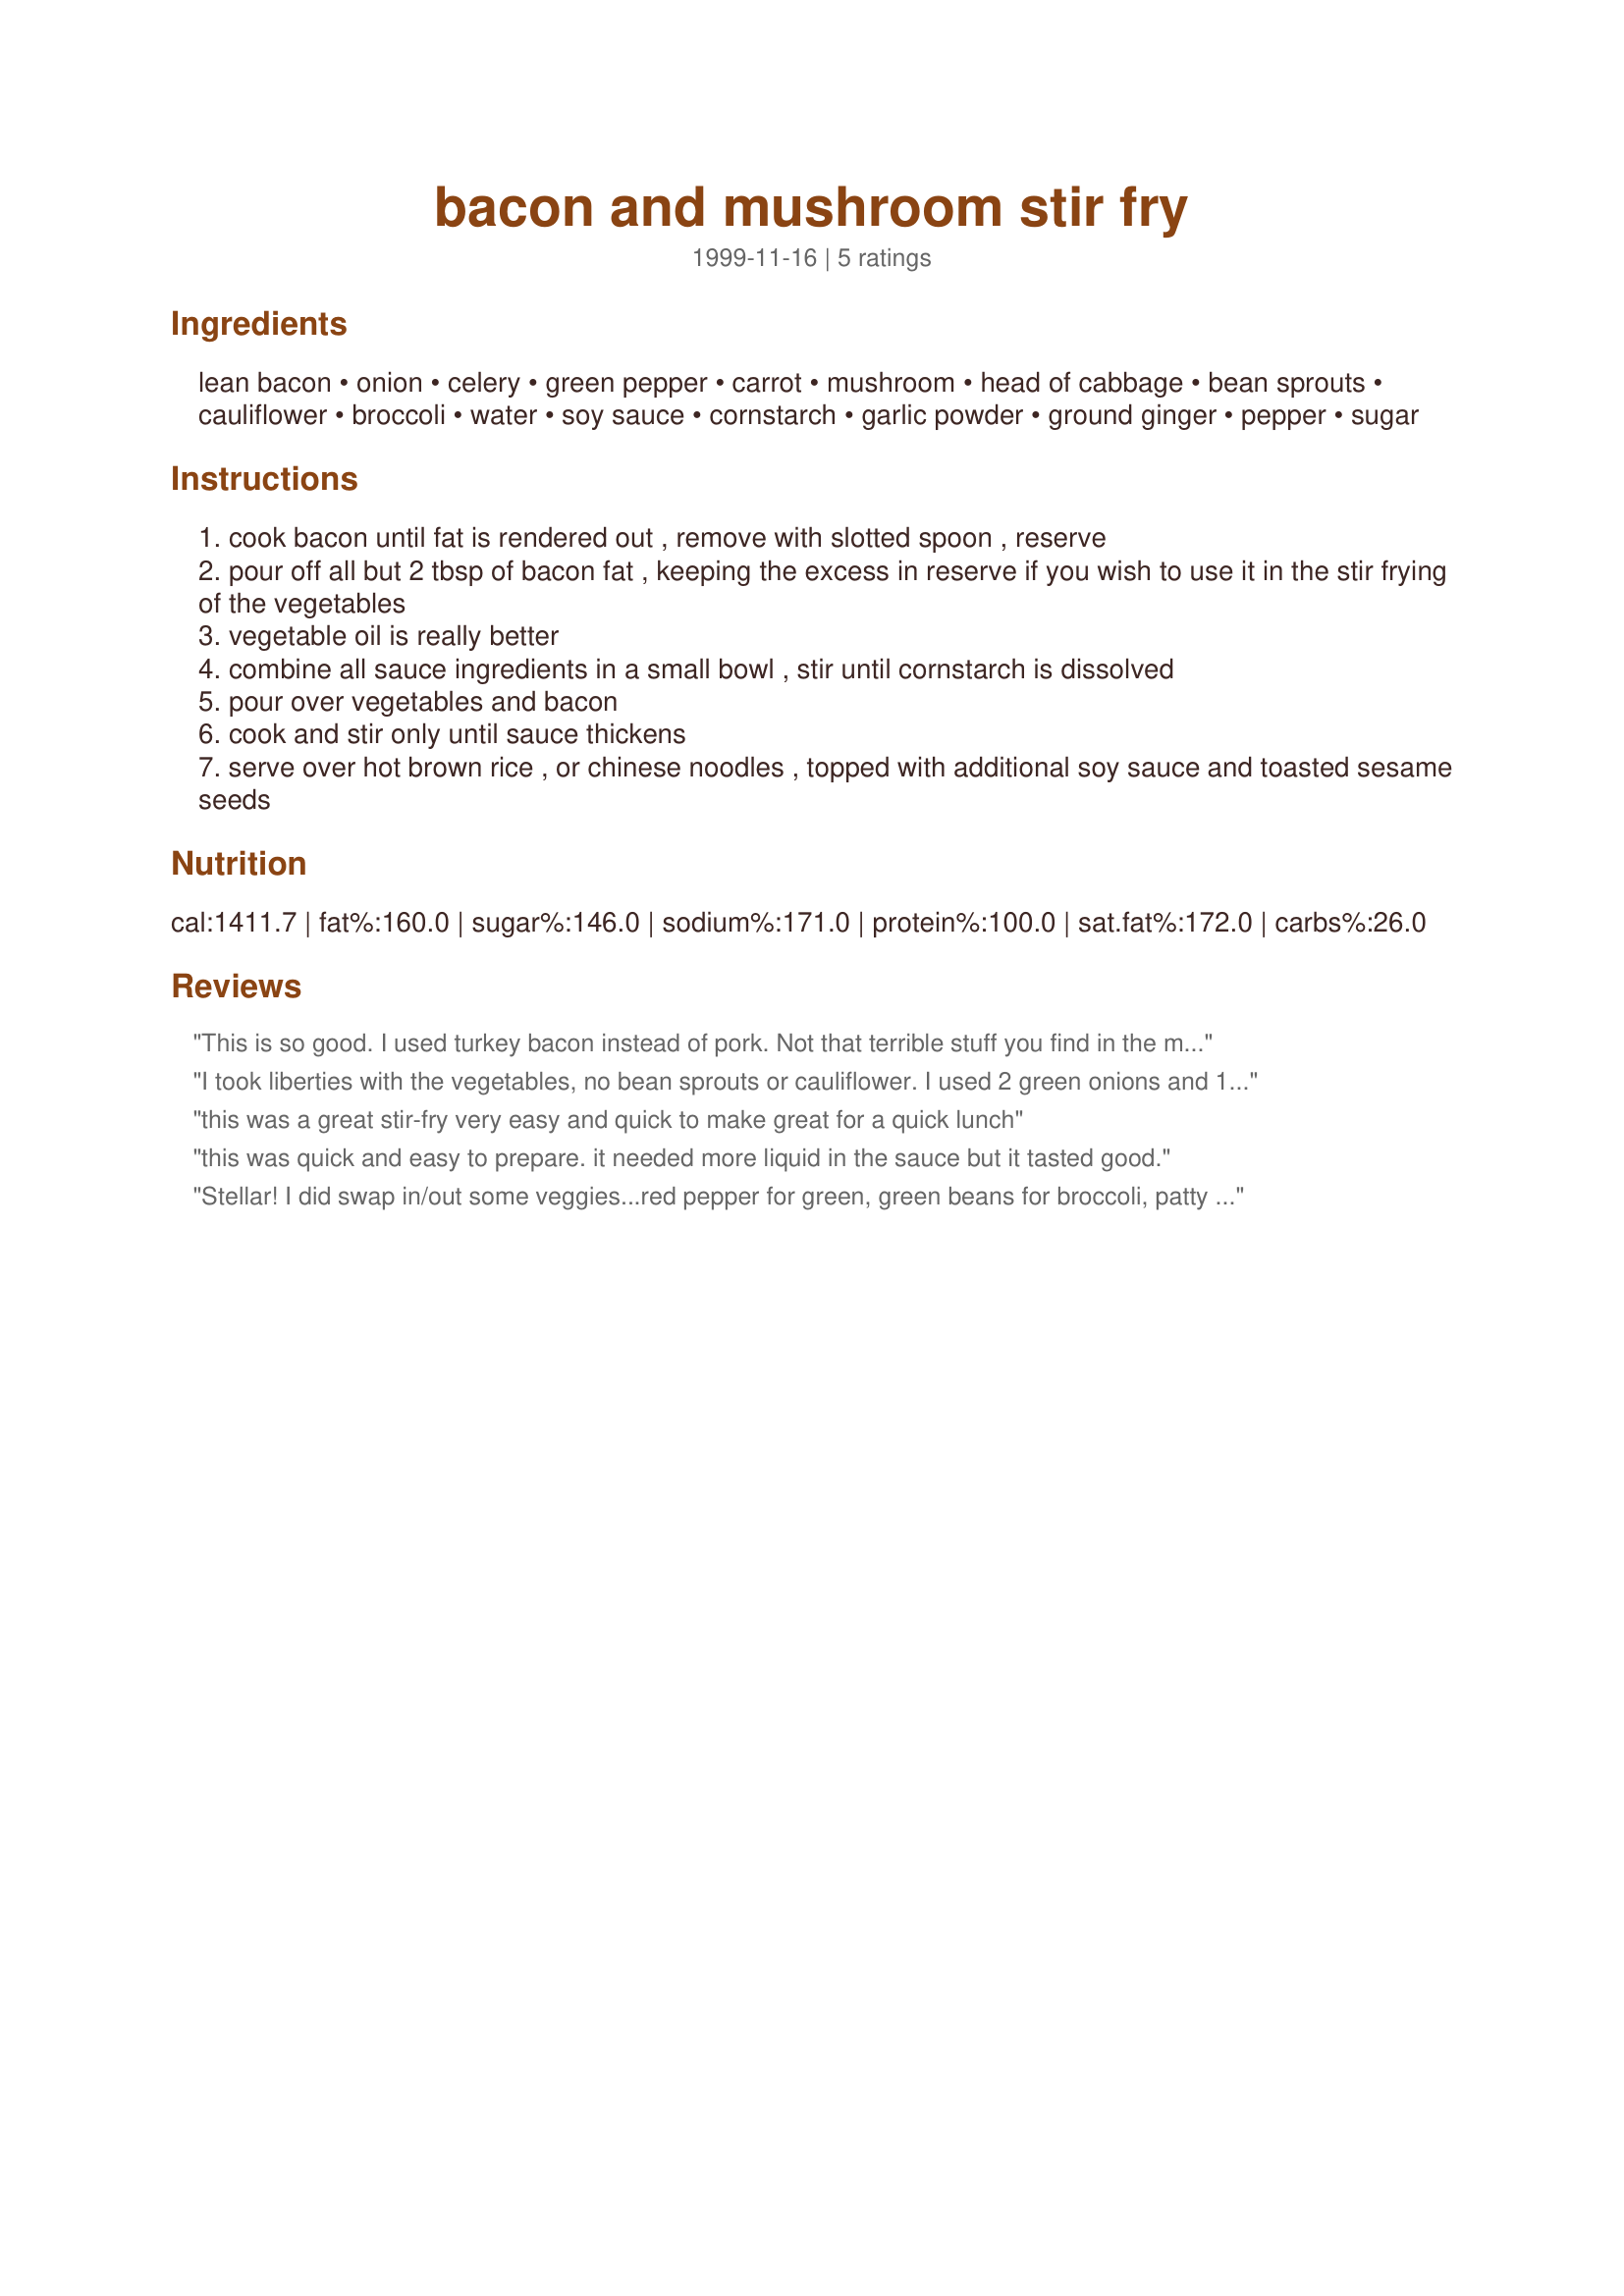
bacon and mushroom stir fry
Preparation time: 0 minutes

Ingredients:
lean bacon, onion, celery, green pepper, carrot, mushroom, head of cabbage, bean sprouts, cauliflower, broccoli, water, soy sauce, cornstarch, garlic powder, ground ginger, pepper, sugar

Steps:
cook bacon until fat is rendered out , remove with slotted spoon , reserve
pour off all but 2 tbsp of bacon fat , keeping the excess in reserve if you wish to use it in the stir frying of the vegetables
vegetable oil is really better
combine all sauce ingredients in a small bowl , stir until cornstarch is dissolved
pour over vegetables and bacon
cook and stir only until sauce thickens
serve over hot brown rice , or chinese noodles , topped with additional soy sauce and toasted sesame seeds

Reviews:
This is so good. I used turkey bacon instead of pork. Not that terrible stuff you find in the market. An organic turkey bacon by welshire farms. For the veggies I used the onion, celery, green pepper and mushrooms. Instead of using the other veggies I just bought a bag of broccoli slaw which has carrots, cabbage and broccoli in it. I deleted the cauliflower and bean sprounts since I don't love those veggies. I also doubled the sauce. Let me tell you, this was a very yummy dinner. It doesn't look like it's all that but it was good. My two year old ate it like crazy. Didn't go over so well on my 4 year old but he's just at that stage. A must try. Yummy
I took liberties with the vegetables, no bean sprouts or cauliflower. I used 2 green onions and 1/2 lb of asparagus. I doubled the sauce as we like things really "saucy" This was super fast and easy and we all loved the flavors. We'll definitely put this recipe in the keeper file!
this was a great stir-fry very easy and quick to make great for a quick lunch
this was quick and easy to prepare. it needed more liquid in the sauce but it tasted good.
Stellar! I did swap in/out some veggies...red pepper for green, green beans for broccoli, patty pan squash for carrots, purple cauliflower, skipped the cabbage and sprouts. Just threw in what I got from the farmer's market! I used fresh garlic and ginger, and uncured turkey bacon. Delicious!
